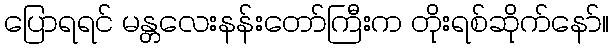
ပြောရရင် မန္တလေးနန်းတော်ကြီးက တိုးရစ်ဆိုက်နော်။